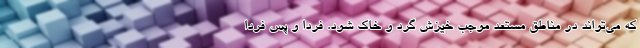
که می‌تواند در مناطق مستعد موجب خیزش گرد و خاک شود. فردا و پس فردا